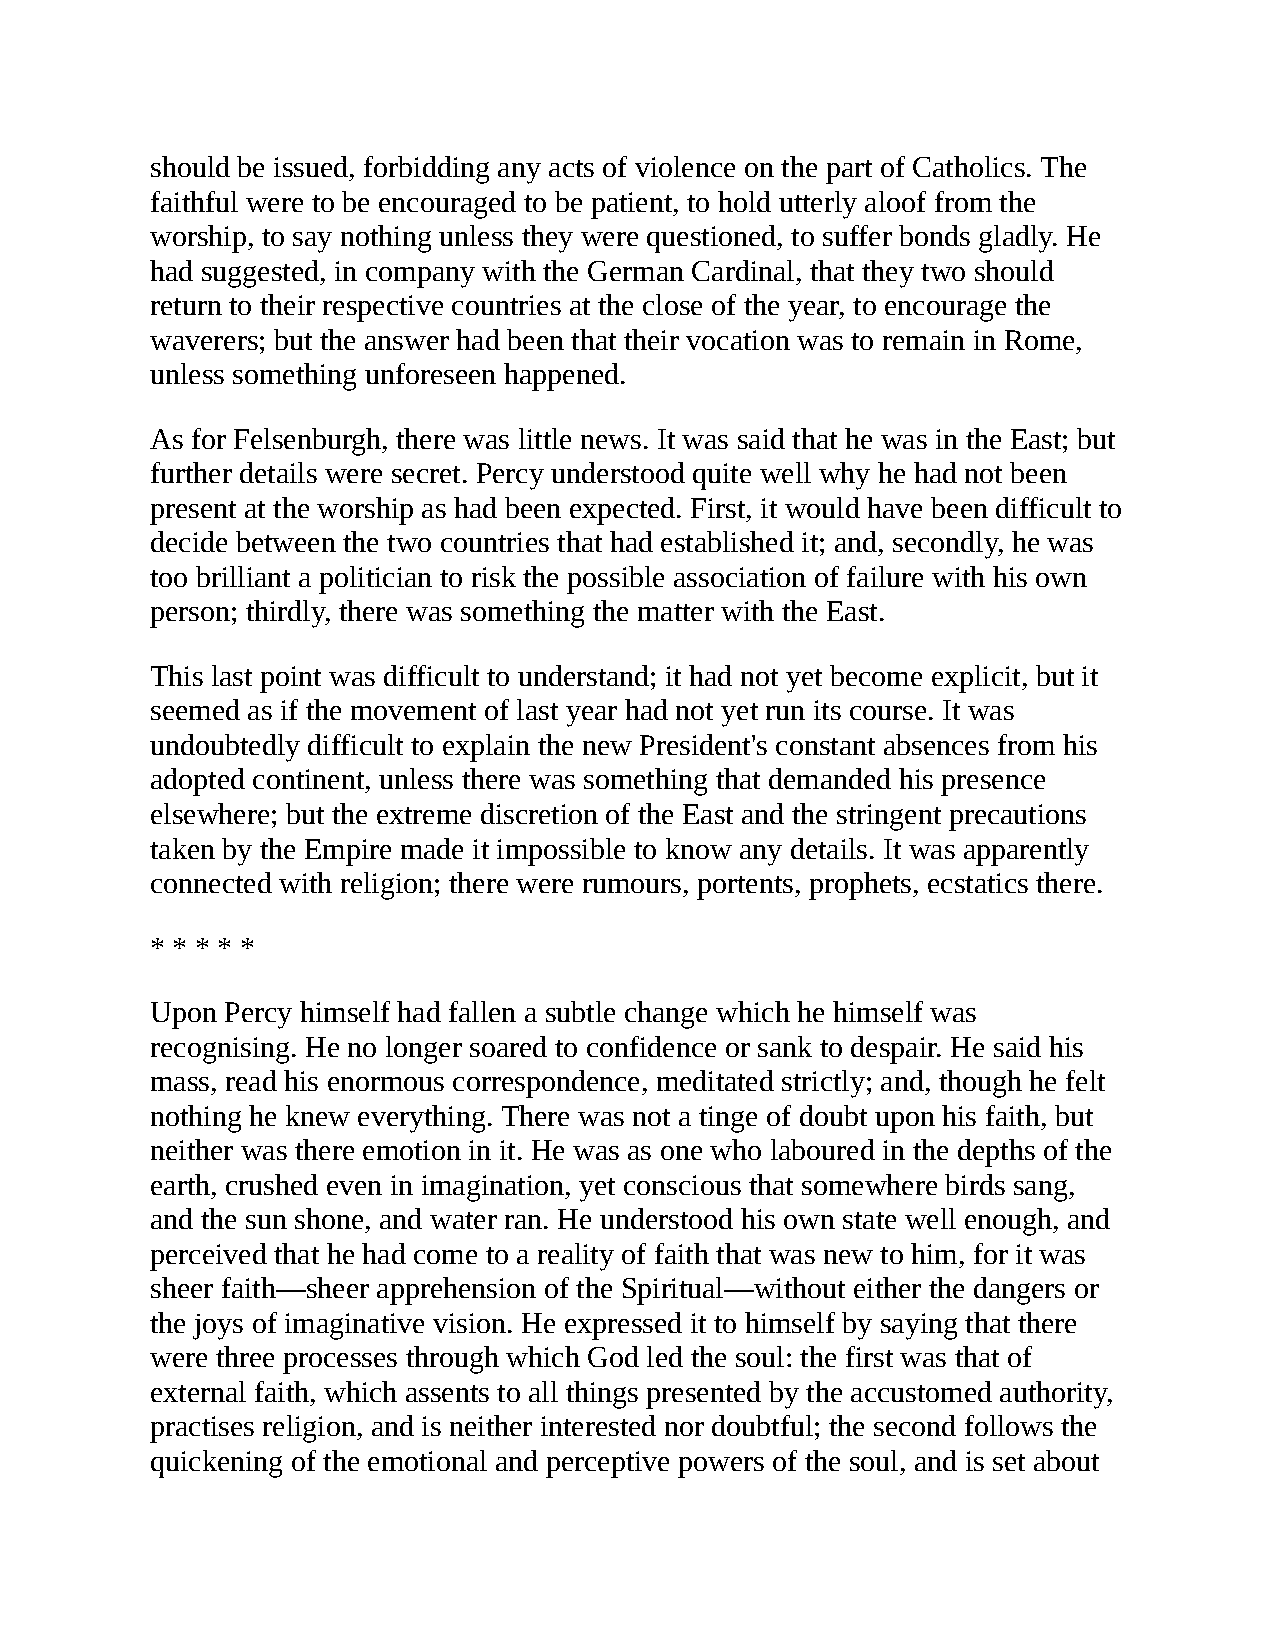
should be issued, forbidding any acts of violence on the part of Catholics. The
 faithful were to be encouraged to be patient, to hold utterly aloof from the
 worship, to say nothing unless they were questioned, to suffer bonds gladly. He
 had suggested, in company with the German Cardinal, that they two should
 return to their respective countries at the close of the year, to encourage the
 waverers; but the answer had been that their vocation was to remain in Rome,
 unless something unforeseen happened.
 As for Felsenburgh, there was little news. It was said that he was in the East; but
 further details were secret. Percy understood quite well why he had not been
 present at the worship as had been expected. First, it would have been difficult to
 decide between the two countries that had established it; and, secondly, he was
 too brilliant a politician to risk the possible association of failure with his own
 person; thirdly, there was something the matter with the East.
 This last point was difficult to understand; it had not yet become explicit, but it
 seemed as if the movement of last year had not yet run its course. It was
 undoubtedly difficult to explain the new President's constant absences from his
 adopted continent, unless there was something that demanded his presence
 elsewhere; but the extreme discretion of the East and the stringent precautions
 taken by the Empire made it impossible to know any details. It was apparently
 connected with religion; there were rumours, portents, prophets, ecstatics there.
 * * * * *
 Upon Percy himself had fallen a subtle change which he himself was
 recognising. He no longer soared to confidence or sank to despair. He said his
 mass, read his enormous correspondence, meditated strictly; and, though he felt
 nothing he knew everything. There was not a tinge of doubt upon his faith, but
 neither was there emotion in it. He was as one who laboured in the depths of the
 earth, crushed even in imagination, yet conscious that somewhere birds sang,
 and the sun shone, and water ran. He understood his own state well enough, and
 perceived that he had come to a reality of faith that was new to him, for it was
 sheer faith—sheer apprehension of the Spiritual—without either the dangers or
 the joys of imaginative vision. He expressed it to himself by saying that there
 were three processes through which God led the soul: the first was that of
 external faith, which assents to all things presented by the accustomed authority,
 practises religion, and is neither interested nor doubtful; the second follows the
 quickening of the emotional and perceptive powers of the soul, and is set about